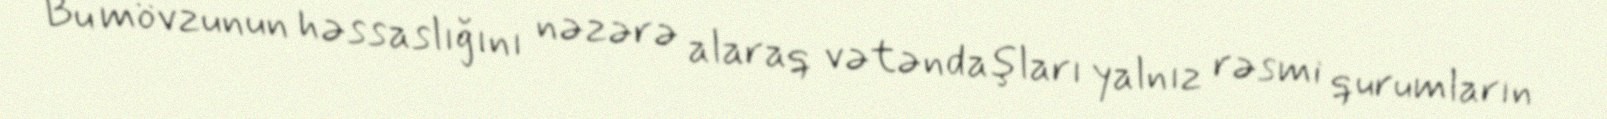
Bu mövzunun həssaslığını nəzərə alaraq vətəndaşları yalnız rəsmi qurumların